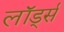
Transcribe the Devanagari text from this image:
लॉर्ड्‍स